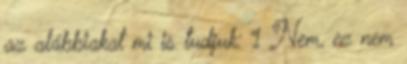
az alábbiakat mi is tudjuk: 1 Nem, ez nem